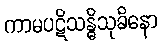
ကာမပဋိသန္ဓိသုခိနော